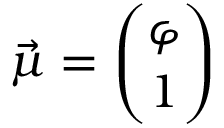
{ \vec { \mu } } = { \binom { \varphi } { 1 } }